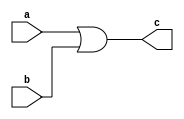
module orGateLevel (
    a,b,c
);
input a, b;
output c;
or o1(c,a,b);
    
endmodule

module orTestBench;
    reg a,b;
    wire c;

    orGateLevel i(a,b,c);

    initial begin
        a=1'b0;
        b=1'b0;
        $monitor("Time: %0t a=%b b=%b c=%b", $time, a, b, c);
        #5 a=1'b0; b=1'b0;
        #5 a=1'b0; b=1'b1;
        #5 a=1'b1; b=1'b0;
        #5 a=1'b1; b=1'b1;
    end
endmodule